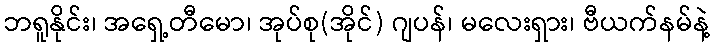
ဘရူနိုင်း၊ အရှေ့တီမော၊ အုပ်စု(အိုင်) ဂျပန်၊ မလေးရှား၊ ဗီယက်နမ်နဲ့